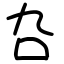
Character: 叴